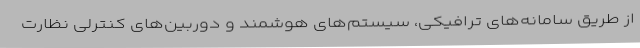
از طریق سامانه‌های ترافیکی، سیستم‌های هوشمند و دوربین‌های کنترلی نظارت